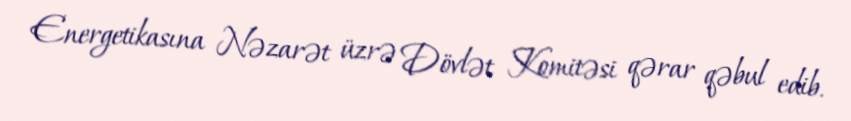
Energetikasına Nəzarət üzrə Dövlət Komitəsi qərar qəbul edib.